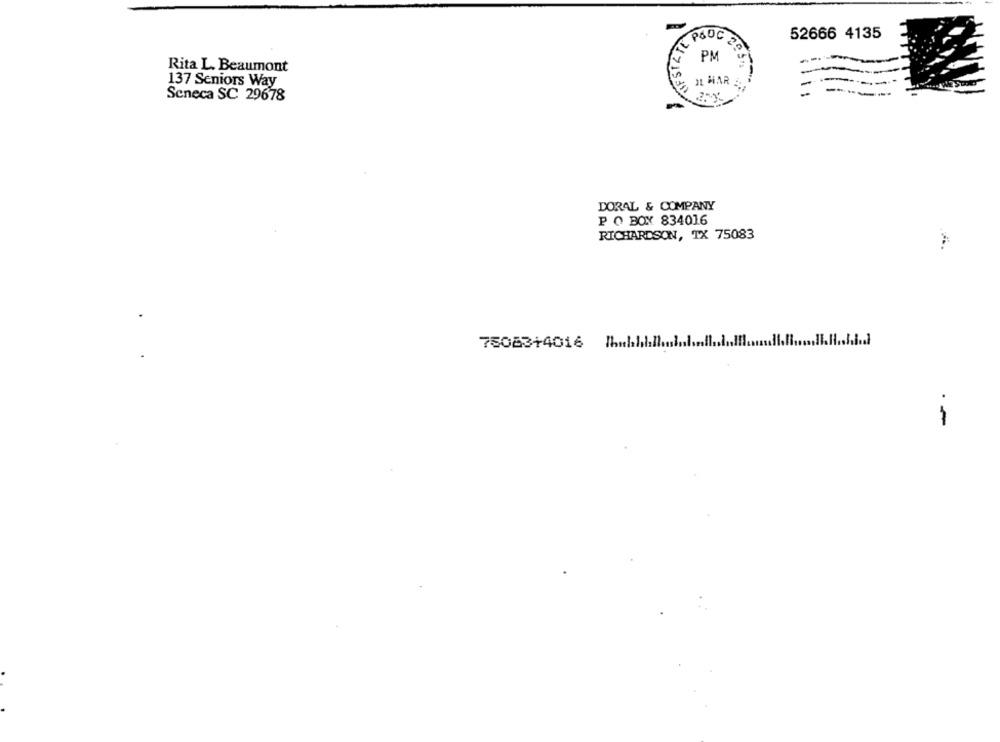
52666 4135
L P&OC 28
Rita L. Beaumont
IL HAR
137 Seniors Way
Seneca SC 29678
DORAL & COMPANY
P O BOX 834016
RICHARDSON, TX 75083
75063+4016 Bhabhiillu
..... I ...